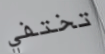
تختفي